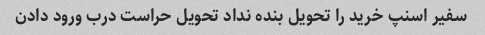
سفیر اسنپ خرید را تحویل بنده نداد تحویل حراست درب ورود دادن